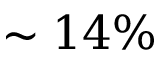
\sim 1 4 \%